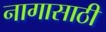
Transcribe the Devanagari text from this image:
नागासाठी